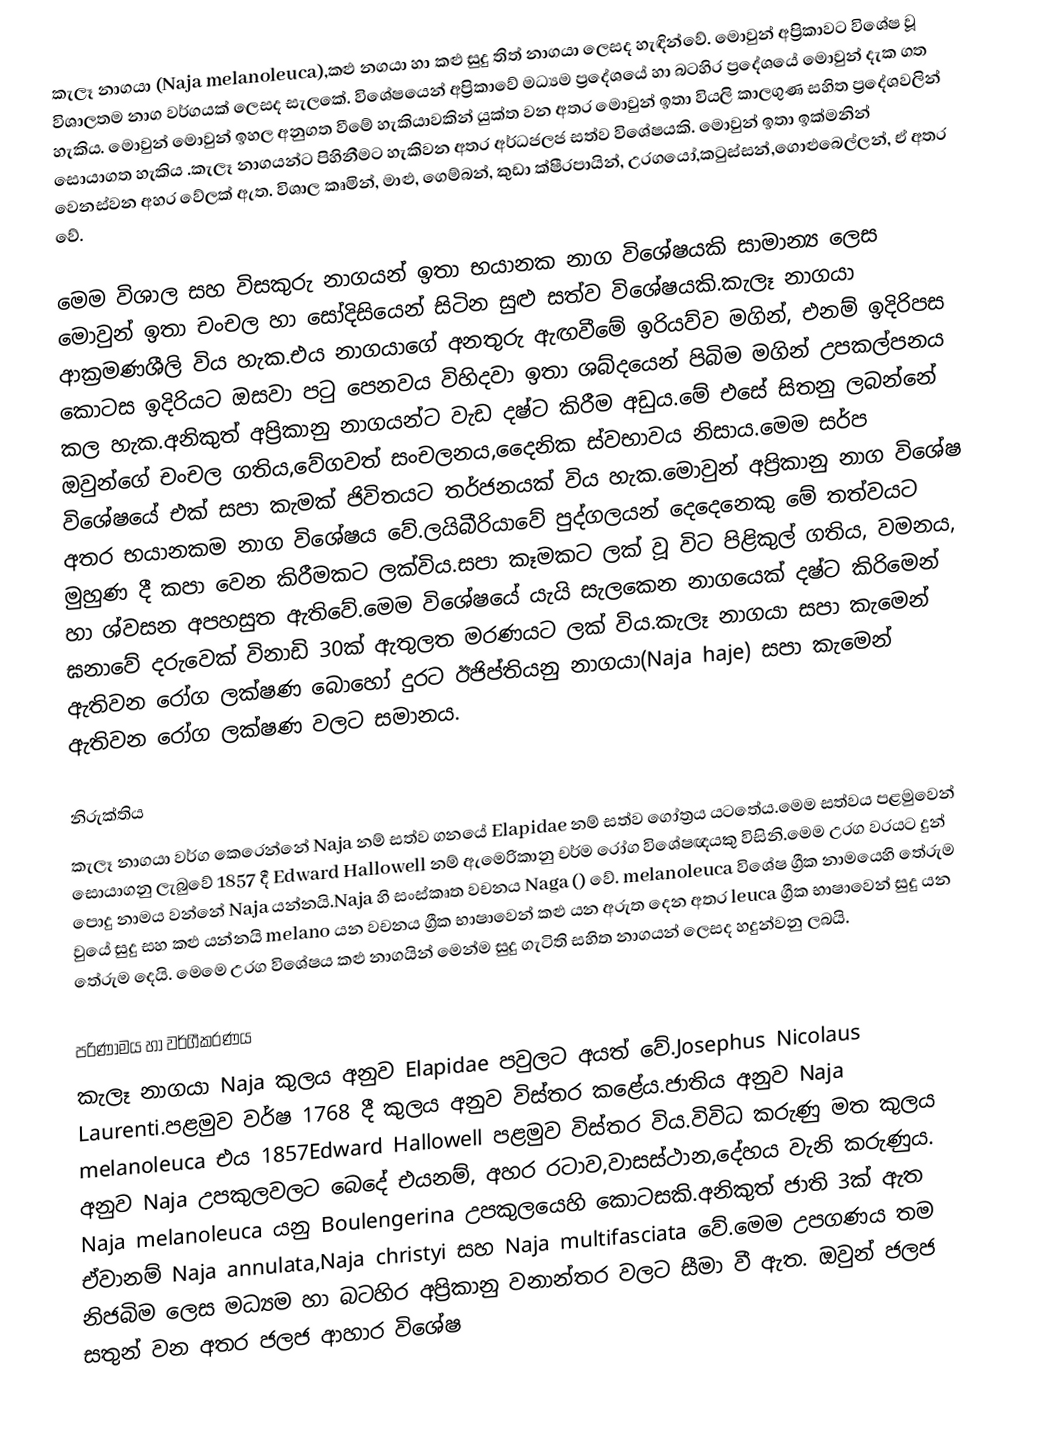
කැලෑ නාගයා (Naja melanoleuca),කළු නගයා හා කළු සුදු තිත් නාගයා ලෙසද හැඳින්වේ. මොවුන් අප්‍රිකාවට විශේෂ වූ විශාලතම නාග වර්ගයක් ලෙසද සැලකේ. විශේෂයෙන් අප්‍රිකාවේ මධ්‍යම ප්‍රදේශයේ හා බටහිර ප්‍රදේශයේ මොවුන් දැක ගත හැකිය. මොවුන් මොවුන් ඉහල අනුගත වීමේ හැකියාවකින් යුක්ත වන අතර මොවුන් ඉතා වියලි කාලගුණ සහිත ප්‍රදේශවලින් සොයාගත හැකිය .කැලෑ නාගයන්ට පිහිනීමට හැකිවන අතර අර්ධජලජ සත්ව විශේෂයකි. මොවුන් ඉතා ඉක්මනින් වෙනස්වන අහර වේලක් ඇත. විශාල කෘමින්, මාළු, ගෙම්බන්, කුඩා ක්ෂීරපායින්, උරගයෝ,කටුස්සන්,ගොළුබෙල්ලන්, ඒ අතර වේ.

මෙම විශාල සහ විසකුරු නාගයන් ඉතා භයානක නාග විශේෂයකි සාමාන්‍ය ලෙස මොවුන් ඉතා චංචල හා සෝදිසියෙන් සිටින සුළු සත්ව විශේෂයකි.කැලෑ නාගයා ආක්‍රමණශීලි විය හැක.එය නාගයාගේ අනතුරු ඇඟවීමේ ඉරියව්ව මගින්, එනම් ඉදිරිපස කොටස ඉදිරියට ඔසවා පටු පෙනවය විහිදවා ඉතා ශබ්දයෙන් පිබිම මගින් උපකල්පනය කල හැක.අනිකුත් අප්‍රිකානු නාගයන්ට වැඩ දෂ්ට කිරීම අඩුය.මේ එසේ සිතනු ලබන්නේ ඔවුන්ගේ චංචල ගතිය,වේගවත් සංචලනය,දෛනික ස්වභාවය නිසාය.මෙම සර්ප විශේෂයේ එක් සපා කැමක් ජිවිතයට තර්ජනයක් විය හැක.මොවුන් අප්‍රිකානු නාග විශේෂ අතර භයානකම නාග විශේෂය වේ.ලයිබීරියාවේ පුද්ගලයන් දෙදෙනෙකු මේ තත්වයට මුහුණ දී කපා වෙන කිරීමකට ලක්විය.සපා කෑමකට ලක් වූ විට පිළිකුල් ගතිය, වමනය, හා ශ්වසන අපහසුත ඇතිවේ.මෙම විශේෂයේ යැයි සැලකෙන නාගයෙක් දෂ්ට කිරිමෙන් ඝනාවේ දරුවෙක් විනාඩි 30ක් ඇතුලත මරණයට ලක් විය.කැලෑ නාගයා සපා කැමෙන් ඇතිවන රෝග ලක්ෂණ බොහෝ දුරට ඊජිප්තියනු නාගයා(Naja haje) සපා කැමෙන් ඇතිවන රෝග ලක්ෂණ වලට සමානය.

නිරුක්තිය
කැලෑ නාගයා වර්ග කෙරෙන්නේ Naja නම් සත්ව ගනයේ Elapidae නම් සත්ව ගෝත්‍රය යටතේය.මෙම සත්වය පළමුවෙන් සොයාගනු ලැබුවේ 1857 දී Edward Hallowell නම් ඇමෙරිකානු චර්ම රෝග විශේෂඥයකු විසිනි.මෙම උරග වරයට දුන් පොදු නාමය වන්නේ Naja යන්නයි.Naja හි සංස්කෘත වචනය Naga () වේ. melanoleuca විශේෂ ග්‍රීක නාමයෙහි තේරුම වුයේ සුදු සහ කළු යන්නයි melano යන වචනය ග්‍රීක භාෂාවෙන් කළු  යන අරුත දෙන අතර leuca ග්‍රීක භාෂාවෙන් සුදු යන තේරුම දෙයි. මෙමෙ උරග විශේෂය කළු නාගයින් මෙන්ම සුදු ගැටිති සහිත නාගයන් ලෙසද හදුන්වනු ලබයි.

පරිණාමය හා වර්ගීකරණය
කැලෑ නාගයා Naja කුලය අනුව Elapidae පවුලට අයත් වේ.Josephus Nicolaus Laurenti.පළමුව වර්ෂ 1768 දී කුලය අනුව විස්තර කළේය.ජාතිය අනුව Naja melanoleuca එය 1857Edward Hallowell පළමුව විස්තර විය.විවිධ කරුණු මත කුලය අනුව Naja උපකුලවලට බෙදේ එයනම්, අහර රටාව,වාසස්ථාන,දේහය වැනි කරුණුය. Naja melanoleuca යනු Boulengerina උපකුලයෙහි කොටසකි.අනිකුත් ජාති 3ක් ඇත ඒවානම් Naja annulata,Naja christyi සහ Naja multifasciata වේ.මෙම උපගණය තම නිජබිම ලෙස මධ්‍යම හා බටහිර අප්‍රිකානු වනාන්තර වලට සීමා වී ඇත. ඔවුන් ජලජ සතුන් වන අතර ජලජ ආහාර විශේෂ